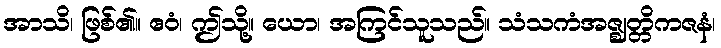
အာသိ၊ ဖြစ်၏။ ဧဝံ၊ ဤသို့။ ယော၊ အကြင်သူသည်။ သံသကံအဇ္ဈတ္တိကဇနံ၊